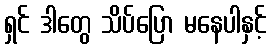
ရှင် ဒါတွေ သိပ်ပြော မနေပါနှင့်